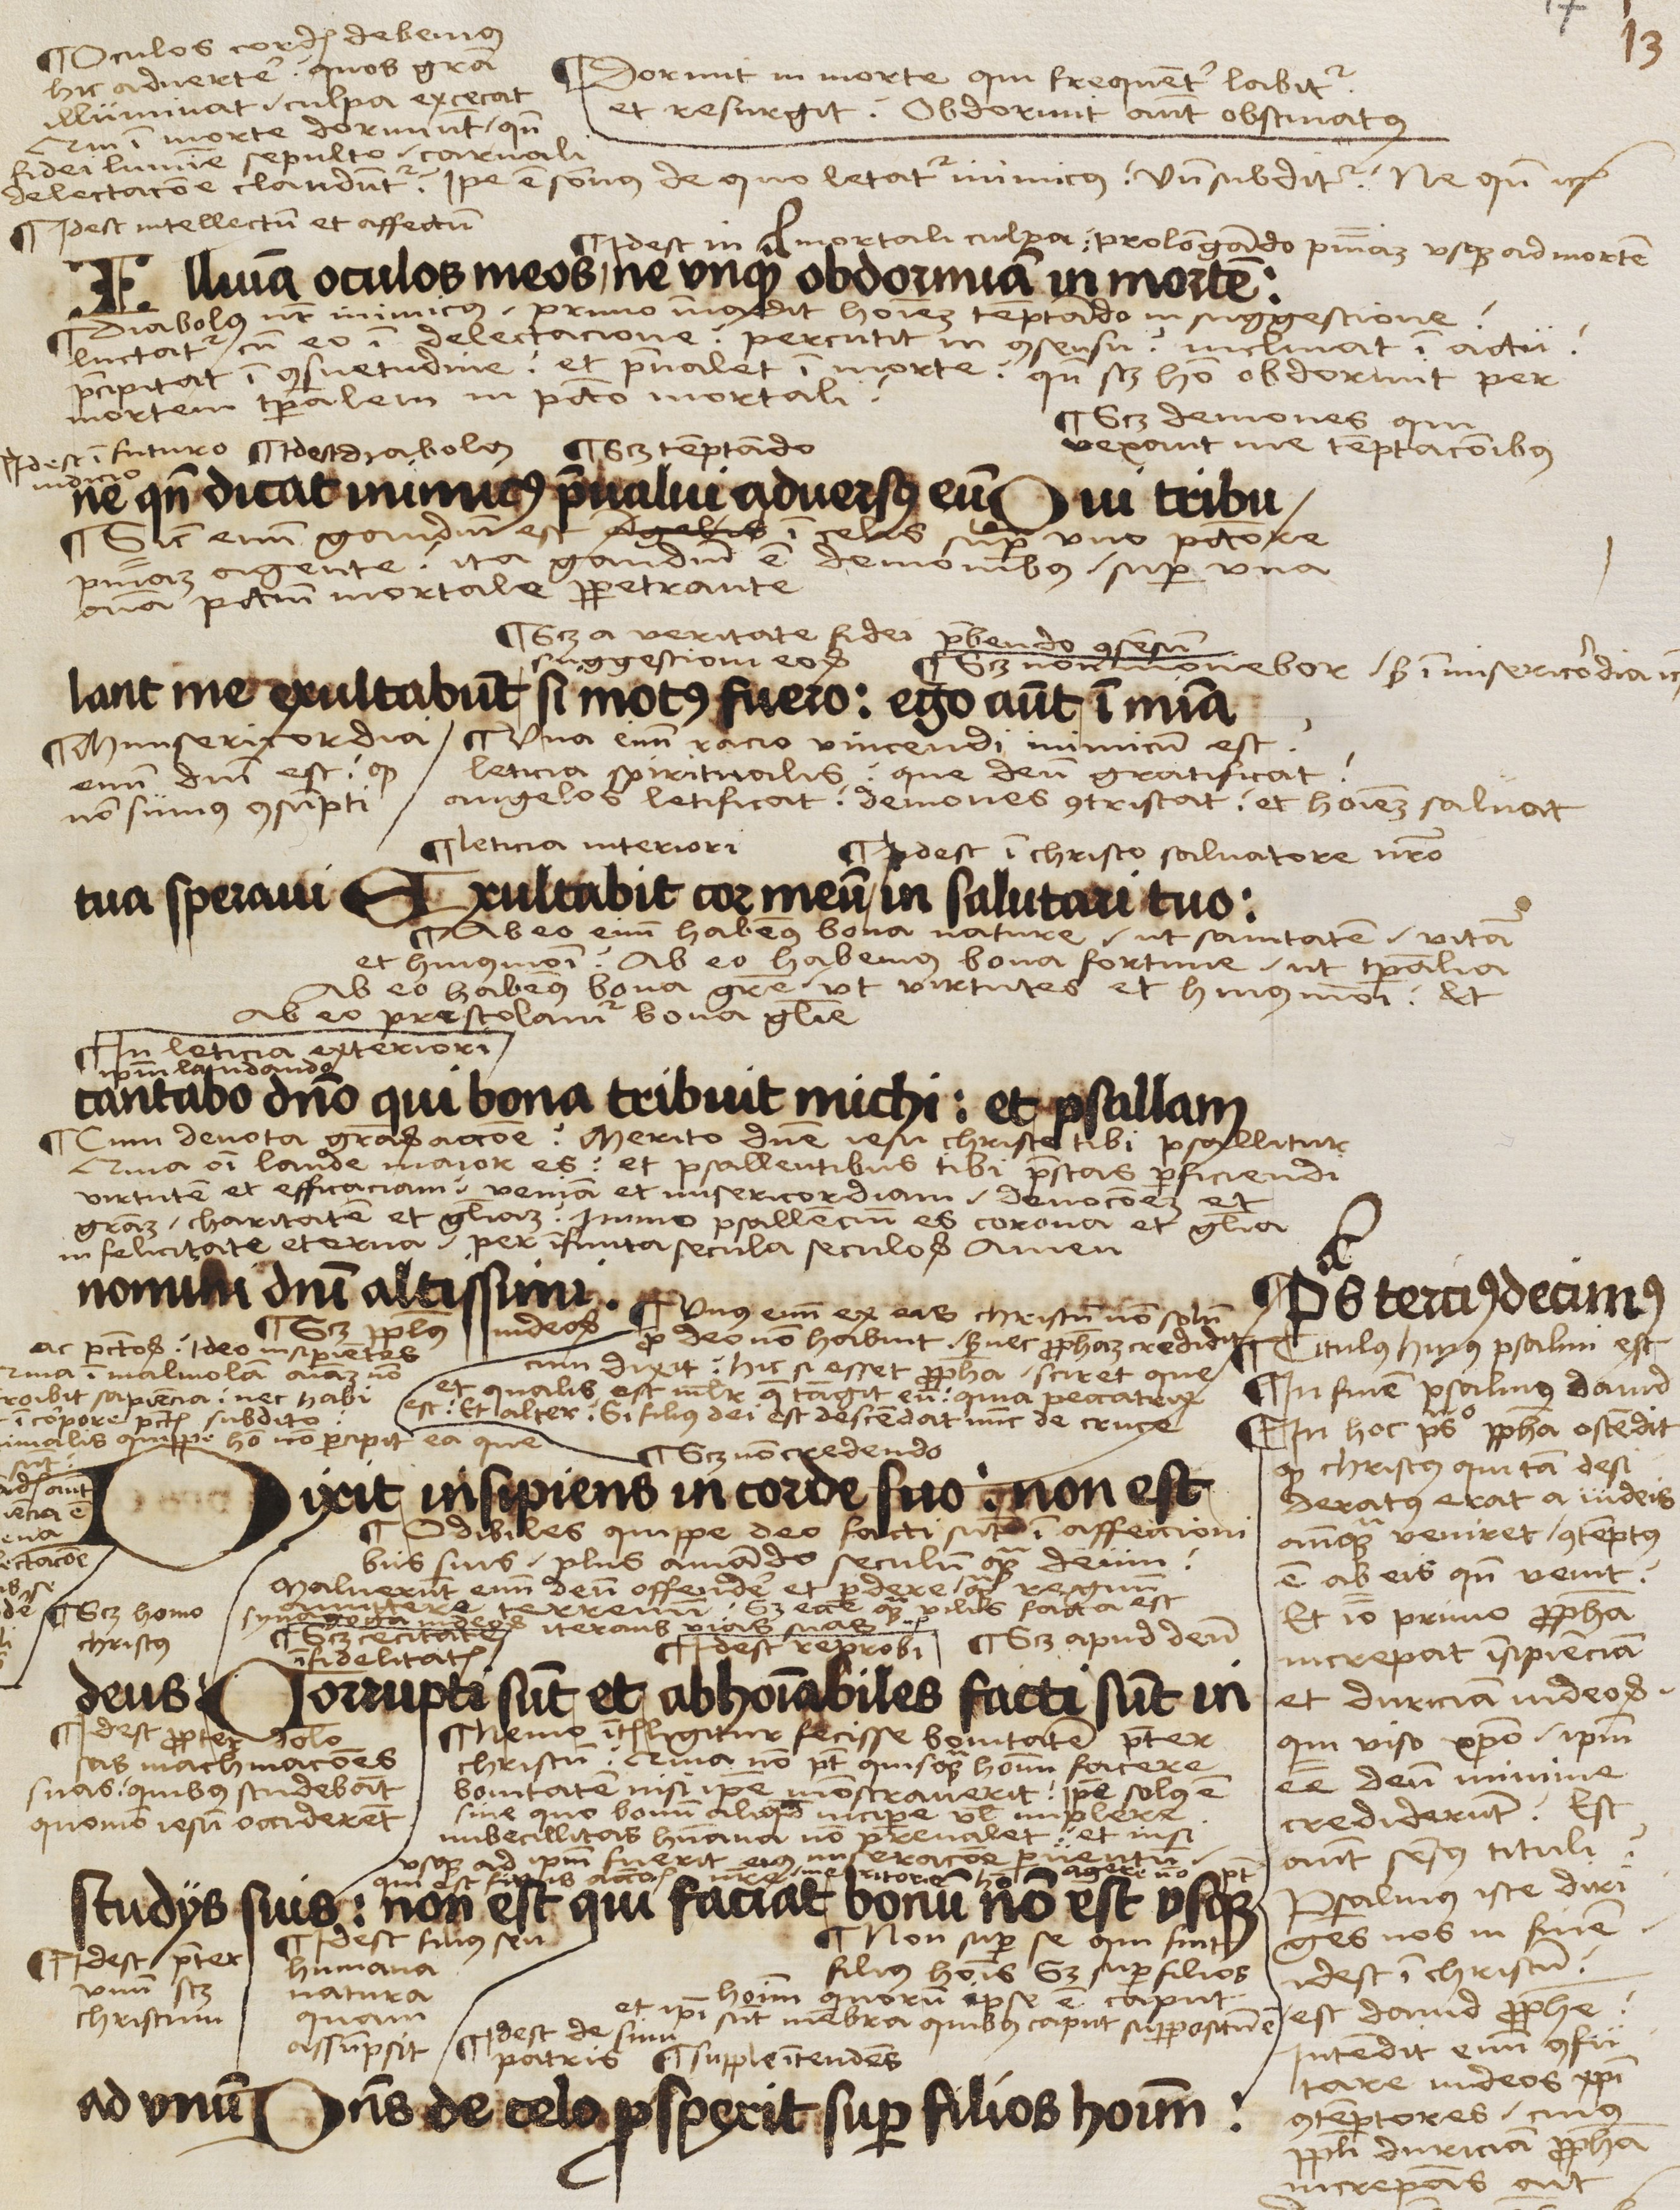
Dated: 1503–1503